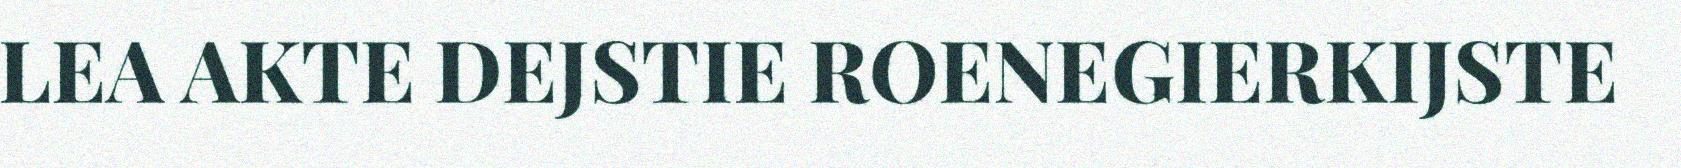
LEA AKTE DEJSTIE ROENEGIERKIJSTE